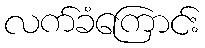
လက်ခံကြောင်း